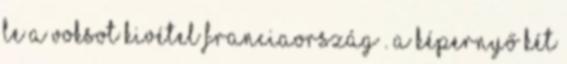
le a voksot kivétel Franciaország . A képernyő két